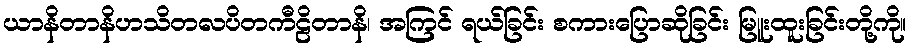
ယာနိတာနိဟသိတလပိတကီဠိတာနိ၊ အကြင် ရယ်ခြင်း စကားပြောဆိုခြင်း မြူးထူးခြင်းတို့ကို။